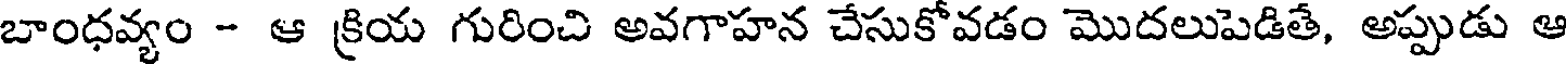
బాంధవ్యం - ఆ క్రియ గురించి అవగాహన చేసుకోవడం మొదలుపెడితే, అప్పుడు ఆ